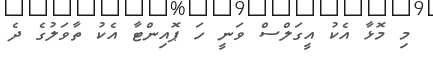
މި މޮޅާ އެކު އީގަލްސް ވަނީ ހަ ޕޮއިންޓާ އެކު ތާވަލުގެ ދެ